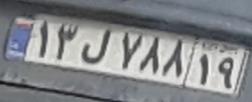
۱۳ل۷۸۸۱۹